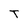
Character: T